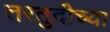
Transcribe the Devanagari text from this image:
तरतुदीच्या